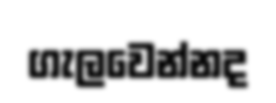
ගැලවෙන්නද